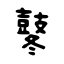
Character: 鼕